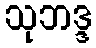
သုဘဒ္ဒ